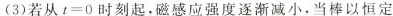
(3)若从$$ t = 0$$时刻起，磁感应强度逐渐减小，当棒以恒定